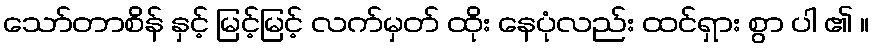
သော်တာစိန် နှင့် မြင့်မြင့် လက်မှတ် ထိုး နေပုံလည်း ထင်ရှား စွာ ပါ ၏ ။